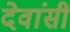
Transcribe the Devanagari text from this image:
देवांसी